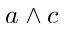
a \wedge c